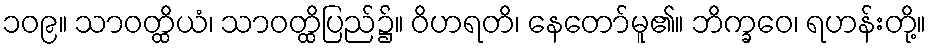
၁၀၉။ သာဝတ္ထိယံ၊ သာဝတ္ထိပြည်၌။ ဝိဟရတိ၊ နေတော်မူ၏။ ဘိက္ခဝေ၊ ရဟန်းတို့။